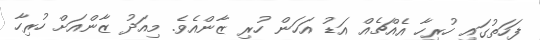
ފަހަތުގައި ހުރިހާ އެއްޗެއް އަޑު އަހަން ހުރި ޒާންއެވެ. މިއަދު ޒާންއަށް ހުރިހާ